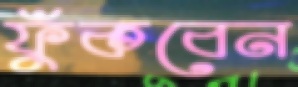
ফুঁকবেন